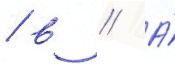
/ в // А́